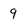
Character: 9